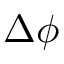
\Delta \phi